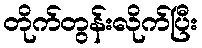
တိုက်တွန်းလိုက်ပြီး